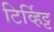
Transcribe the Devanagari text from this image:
टिर्व्हिट्ट